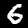
Digit: 6